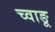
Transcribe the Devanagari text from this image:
च्वाङू